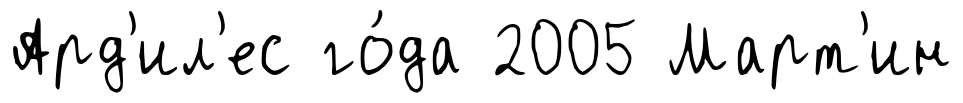
Ард'ил'ес го́да 2005 Март'ин